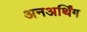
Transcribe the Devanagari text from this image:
अनअर्थिंग